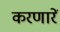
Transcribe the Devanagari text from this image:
करणारें